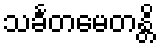
သင်္ခတမေတန္တိ